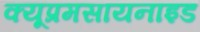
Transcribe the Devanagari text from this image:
क्यूप्रमसायनाइड